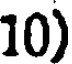
10)